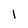
Character: 1